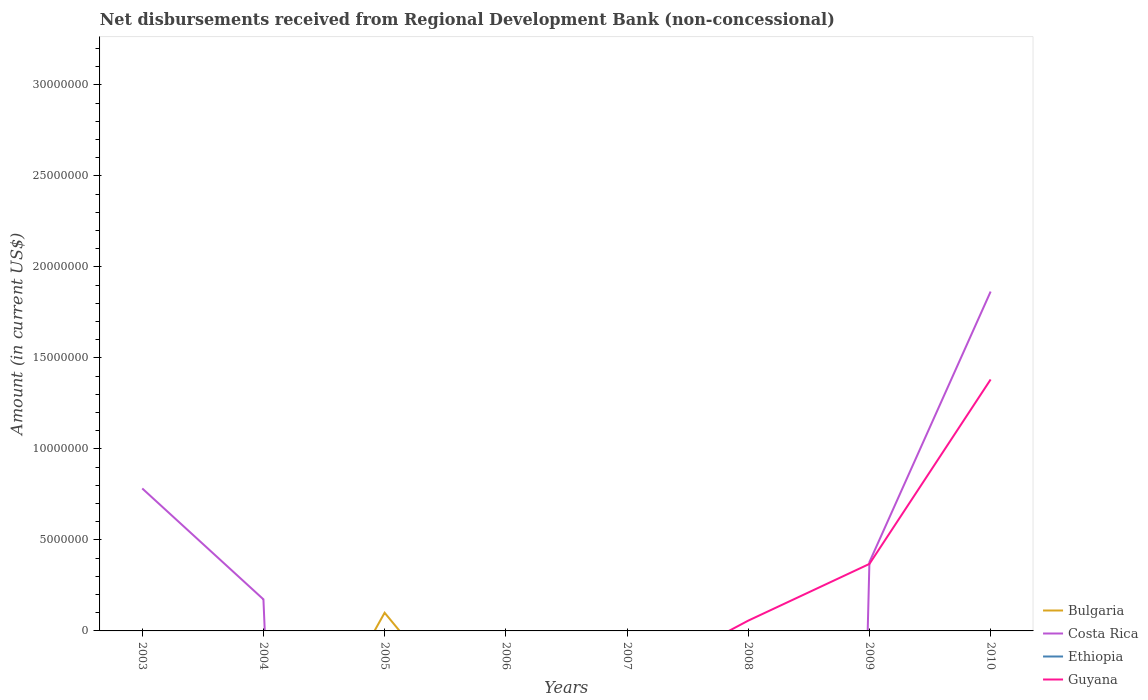
| Years | Bulgaria | Costa Rica | Ethiopia | Guyana |
 | --- | --- | --- | --- | --- |
 | 2003 | -6.04e+06 | 7.83e+06 | -3.42e+06 | -4.95e+06 |
 | 2004 | -1.09e+07 | 1.74e+06 | -4.44e+06 | -6.89e+06 |
 | 2005 | 9.98e+05 | -1.56e+08 | -7.58e+06 | -3.02e+06 |
 | 2006 | -7.08e+06 | -4.42e+07 | -1.85e+07 | -3.15e+06 |
 | 2007 | -1.48e+07 | -5.62e+07 | -1.82e+07 | -2.97e+06 |
 | 2008 | -2.58e+06 | -2.62e+08 | -6.38e+06 | 5.65e+05 |
 | 2009 | -1.36e+07 | 3.78e+06 | -6.71e+06 | 3.68e+06 |
 | 2010 | -1.18e+07 | 1.86e+07 | -6.71e+06 | 1.38e+07 |